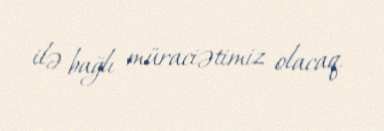
ilə bağlı müraciətimiz olacaq.